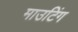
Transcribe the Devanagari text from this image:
माउटिंग